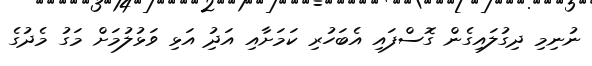
ނުނިމި ދިގުލައިގެން ގޮސްފައި އެބަހުރި ކަމަށާއި އަދުި އަޅި ވަޅުލުމަށް މަގު މެދުގެ